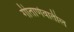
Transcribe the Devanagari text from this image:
गीतार्णवातील